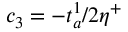
c _ { 3 } = - t _ { a } ^ { 1 } / 2 \eta ^ { + }